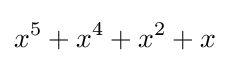
x^{5}+x^{4}+x^{2}+x